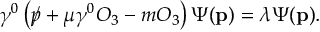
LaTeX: \gamma ^ { 0 } \left( \rlap \slash p + \mu \gamma ^ { 0 } O _ { 3 } - m O _ { 3 } \right) \Psi ( \mathbf { p } ) = \lambda \Psi ( \mathbf { p } ) .